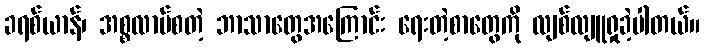
ခရစ်ယာန်၊ အစ္စလာမ်စတဲ့ ဘာသာတွေအကြောင်း ရေးတဲ့စာတွေကို လျစ်လျူရှုခဲ့ပါတယ်။